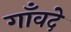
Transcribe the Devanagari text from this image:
गाँवदे